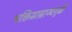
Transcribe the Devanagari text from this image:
भक्तिसाम्राज्यगुढी